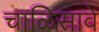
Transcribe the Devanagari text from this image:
चाळिसावे